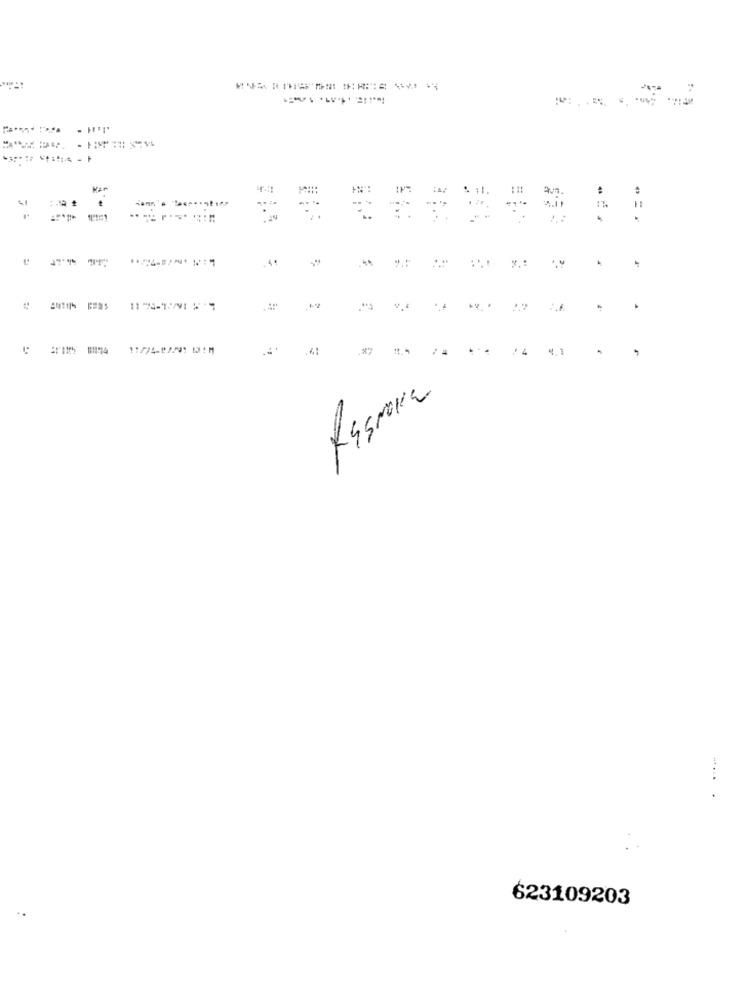
..
. 11.
4%
..
4.1
623109203